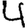
Digit: 4